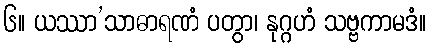
၆။ ယဿာ’သာဓာရဏံ ပတွာ၊ နုဂ္ဂဟံ သဗ္ဗကာမဒံ။